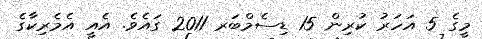
މީގެ 5 އަހަރު ކުރިން 15 ޑިސެމްބަރ 2011 ގައެވެ. އެއީ އެމެރިކާގެ